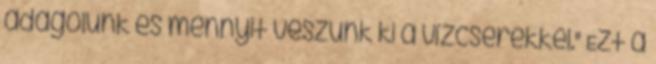
adagolunk és mennyit veszünk ki a vízcserékkel." Ezt a